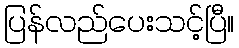
ပြန်လည်ပေးသင့်ပြီ။